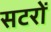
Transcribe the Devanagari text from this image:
सटरों